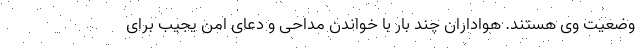
وضعیت وی هستند. هواداران چند بار با خواندن مداحی و دعای امن یجیب برای